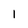
Character: 1